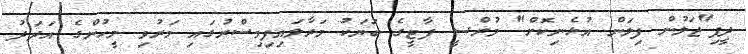
ދީފި"ޖަލުން ފިލަން އުޅެނިކޮށް" މުރްސީ ޕާޓީގެ ބަޔަކު މަރާލައިފިމިސްރުގައި މަރުވި މީހުންގެ އަދަދު